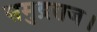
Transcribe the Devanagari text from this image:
समुद्रराज।